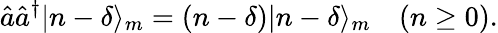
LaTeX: \hat{a}\hat{a}^{\dagger}|n-\delta\rangle_{m}=(n-\delta)|n-\delta\rangle_{m}\quad(n\geq 0).